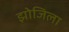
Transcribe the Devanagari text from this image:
झोजिला